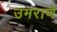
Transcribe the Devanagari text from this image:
उमराणे